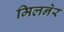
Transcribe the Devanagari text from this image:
मिलनेर